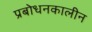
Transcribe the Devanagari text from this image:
प्रबोधनकालीन